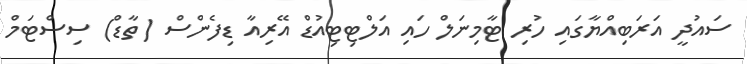
ސައުދީ އަރަބިއްޔާގައި ހުރި ޓާމިނަލް ހައި އަލްޓިޓިއުޑް އޭރިއާ ޑިފެންސް (ތާޑް) ސިސްޓަމް